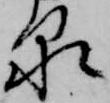
泉